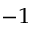
^ { - 1 }